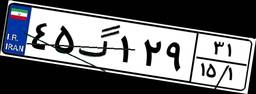
۴۵گ۱۲۹۳۱